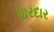
ધારદાર